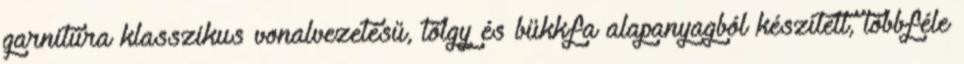
garnitúra klasszikus vonalvezetésű, tölgy és bükkfa alapanyagból készített, többféle